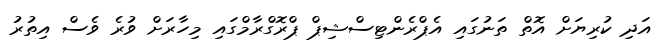
އަދި ކުރިޔަށް އޮތް ތަނުގައި އެޕްރެންޓިސްޝިޕް ޕްރޮގްރާމްގައި މިހާރަށް ވުރެ ވެސް އިތުރު